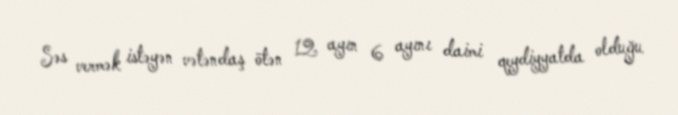
Səs vermək istəyən vətəndaş ötən 12 ayın 6 ayını daimi qeydiyyatda olduğu